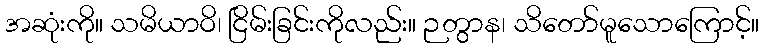
အဆုံးကို။ သမိယာဝိ၊ ငြိမ်းခြင်းကိုလည်း။ ဉတွာန၊ သိတော်မူသောကြောင့်။